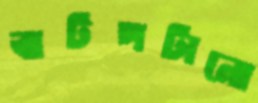
ঝটপটানো